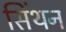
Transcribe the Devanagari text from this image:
सिंथन